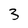
Character: 3